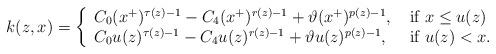
LaTeX: \begin{align*} k(z,x)=\left\{ \begin{array}{ll} C_0(x^+)^{\tau(z)-1}-C_4(x^+)^{r(z)-1}+ \vartheta(x^+)^{p(z)-1}, & \hbox{ if }x\leq u(z) \\ C_0u(z)^{\tau(z)-1}-C_4 u(z)^{r(z)-1}+\vartheta u(z)^{p(z)-1}, & \hbox{ if }u(z)<x. \end{array} \right.\end{align*}